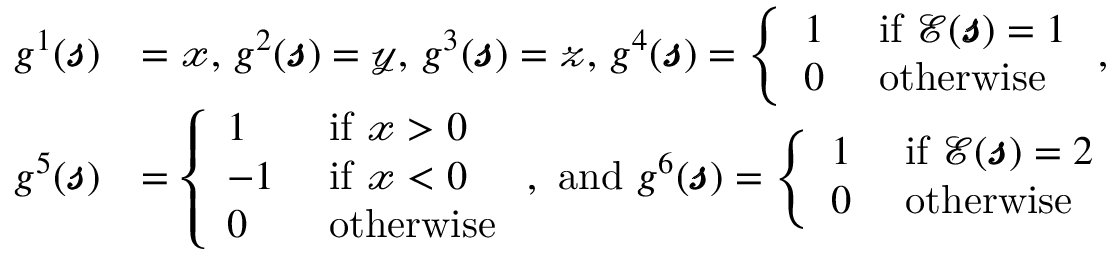
\begin{array} { r l } { g ^ { 1 } ( \pmb { \mathscr { s } } ) } & { = \mathscr { x } \mathrm { , ~ } g ^ { 2 } ( \pmb { \mathscr { s } } ) = \mathscr { y } \mathrm { , ~ } g ^ { 3 } ( \pmb { \mathscr { s } } ) = \mathscr { z } \mathrm { , ~ } g ^ { 4 } ( \pmb { \mathscr { s } } ) = \left\{ \begin{array} { l l } { 1 } & { \mathrm { ~ i f ~ } \mathcal { E } ( \pmb { \mathscr { s } } ) = 1 } \\ { 0 } & { \mathrm { ~ o t h e r w i s e ~ } } \end{array} \right. \mathrm { , ~ } } \\ { g ^ { 5 } ( \pmb { \mathscr { s } } ) } & { = \left\{ \begin{array} { l l } { 1 } & { \mathrm { ~ i f ~ } \mathscr { x } > 0 } \\ { - 1 } & { \mathrm { ~ i f ~ } \mathscr { x } < 0 } \\ { 0 } & { \mathrm { ~ o t h e r w i s e } } \end{array} \right. \mathrm { , ~ a n d ~ } g ^ { 6 } ( \pmb { \mathscr { s } } ) = \left\{ \begin{array} { l l } { 1 } & { \mathrm { ~ i f ~ } \mathcal { E } ( \pmb { \mathscr { s } } ) = 2 } \\ { 0 } & { \mathrm { ~ o t h e r w i s e ~ } } \end{array} \right. } \end{array}